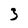
Character: 3